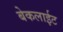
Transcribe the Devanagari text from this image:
बेकलाईट